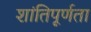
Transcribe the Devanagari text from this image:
शांतिपूर्णता